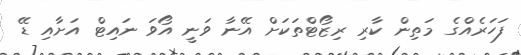
ފަހަރެއްގެ މަތިން ކާރި ރިޒޯޓްތަކަށް އޭނާ ވަނީ އޯވަ ނައިޓް އަށާއި ޑޭ